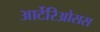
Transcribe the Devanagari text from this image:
आर्टेरिओसस